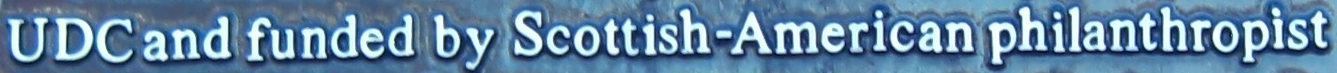
UDC and funded by Scottish-American philanthropist